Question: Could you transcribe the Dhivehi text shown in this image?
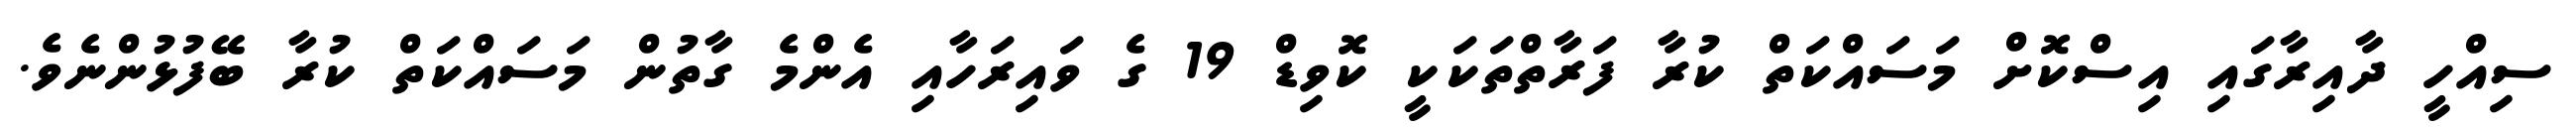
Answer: ސިއްހީ ދާއިރާގައި އިސްކޮށް މަސައްކަތް ކުރާ ފަރާތްތަކަކީ ކޮވިޑް 19 ގެ ވައިރަހާއި އެންމެ ގާތުން މަސައްކަތް ކުރާ ބޭފުޅުންނެވެ.